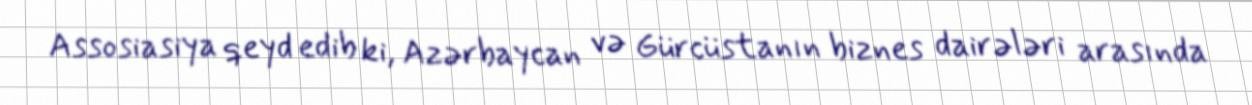
Assosiasiya qeyd edib ki, Azərbaycan və Gürcüstanın biznes dairələri arasında